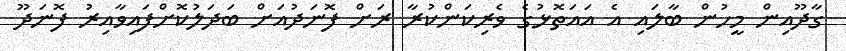
ގާދޫއިން މީހުން ބާލައި އެ އައަތޮޅުގެ ވެރިކަންކުރާ ރަށް ފޮނަދުއަށް ބަދަލުކޮށްފައިވާއިރު ފޮނަދޫ